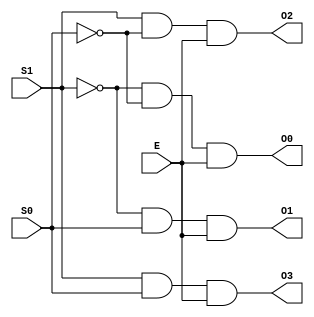
module dec2_2_4_struct (E, S1, S0, O0, O1, O2, O3);
  input E, S1, S0;
  output O0, O1, O2, O3;

  not n0 (S0n, S0);
  not n1 (S1n, S1);
  and a0 (O0, S1n, S0n, E);
  and a1 (O1, S1n, S0,  E);
  and a2 (O2,  S1, S0n, E);
  and a3 (O3,  S1, S0,  E);
endmodule



module dec2_2_4_equat (E, S1, S0, O0, O1, O2, O3);
  input E, S1, S0;
  output O0, O1, O2, O3;

  assign O0 = E & ~S1 & ~S0;
  assign O1 = E & ~S1 & S0;
  assign O2 = E &  S1 & ~S0;
  assign O3 = E &  S1 & S0;
endmodule



module dec2_2_4_beh (E, S1, S0, O0, O1, O2, O3);
  input E, S1, S0;
  output O0, O1, O2, O3;
  reg O0, O1, O2, O3;

  always@(E or S1 or S0)
    if (E)
      case ({S1, S0})
        0 : {O3, O2, O1, O0} = 1;
        1 : {O3, O2, O1, O0} = 2;
        2 : {O3, O2, O1, O0} = 4;
        3 : {O3, O2, O1, O0} = 8;
      endcase 
     else {O3, O2, O1, O0} = 0;
endmodule



module test_all_dec();
  reg S1, S0, E;
  wire O0_1, O1_1, O2_1, O3_1;
  wire O0_2, O1_2, O2_2, O3_2;
  wire O0_3, O1_3, O2_3, O3_3;


dec2_2_4_struct m0 (E, S1, S0, O0_1, O1_1, O2_1, O3_1);
dec2_2_4_equat  m1 (E, S1, S0, O0_2, O1_2, O2_2, O3_2);
dec2_2_4_beh    m2 (E, S1, S0, O0_3, O1_3, O2_3, O3_3);

initial begin E=0; S1=0; S0=0; end
initial 
  begin
    #100 S0 = 1;
    #100 S1 = 1;
    #100 S0 = 0;
    #100  E = 1;
    #100 S1 = 0; 
    #100 S0 = 1;
    #100 S1 = 1;
  end
endmodule